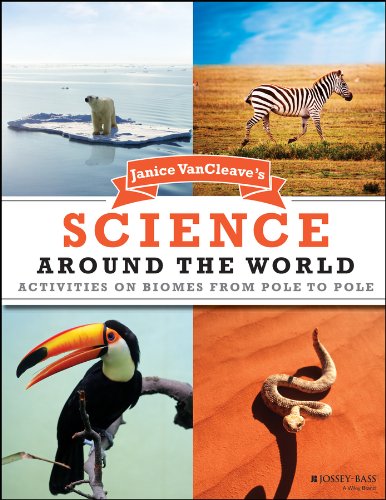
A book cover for Janice VanCleave's Science Around the World: Activities on Biomes from Pole to Pole; Janice VanCleave; Children's Books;